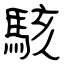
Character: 駭